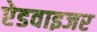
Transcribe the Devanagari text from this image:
ऐडवाइजर